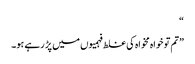
“
”تم تو خواہ مخواہ کی غلط فہمیوں میں پڑ رہے ہو۔